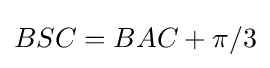
BSC=BAC+\pi /3